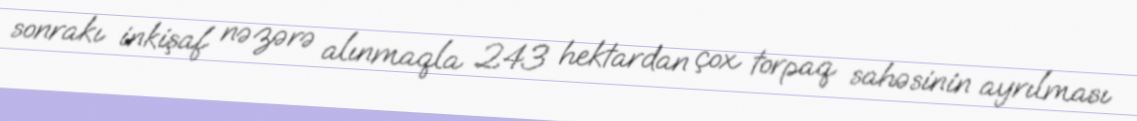
sonrakı inkişaf nəzərə alınmaqla 243 hektardan çox torpaq sahəsinin ayrılması